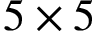
5 \times 5